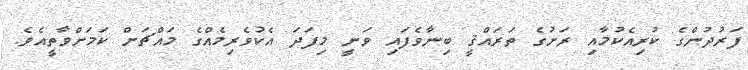
ފަރުދުންގެ ކުރިއެކުމާއި ރަށުގެ ތަރައްޤީ ބިނާވެފައި ވަނީ މިފަދަ އެކުވެރިމެއްގެ މައްޗަށް ކަމަށްވާތީއެވެ.